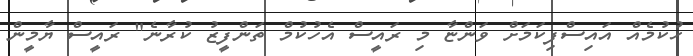
ހުކުމެއް އައިސްފިކަމަށް ވަންޏާ މި ރައީސް އެހުކުމް ތަންފީޒު ކުރާނެ" ރައީސް ޔާމީން